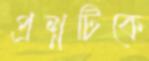
প্রশ্নটিকে